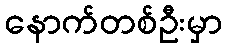
နောက်တစ်ဦးမှာ